Lock hospitals Punjab
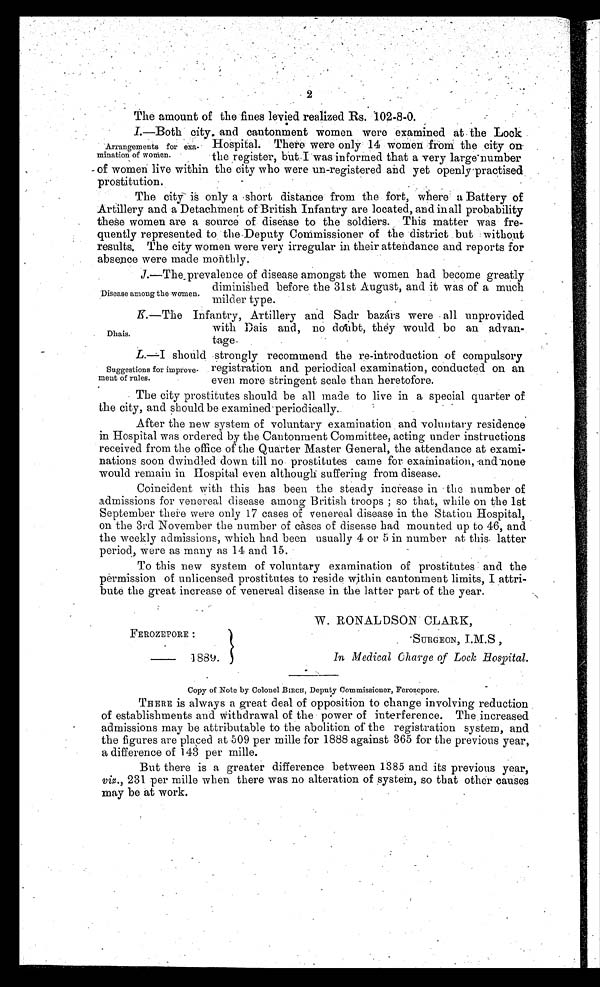
FEROZEPORE :
1889.
In Medical Charge of Lock Bospital.
SURGEON, I. M.S
2
The amount of the fines levied realized Rs. 102-8-0.
I.—Both city, and cantonment women were examined at the Lock
Hospital. There were only 14 women from the city on
the register, but I was informed that a very large number
of women live within the city who were un-registered and yet openly practised
prostitution.
The city is only a short distance from the fort, where a Battery of
Artillery and a Detachment of British Infantry are located, and in all probability
these women are a source of disease to the soldiers. This matter was fre-
quently represented to the Deputy Commissioner of the district but without
results. The city women were very irregular in their attendance and reports for
absence were made monthly.
J.—The prevalence of disease amongst the women had become greatly
diminished before the 31st August, and it was of a much
milder type.
K. —The Infantry, Artillery and Sadr bazárs were all unprovided
with Dais and, no doubt, they would be an advan-
tage.
L .
— s h o u l d s t r o n g l y r e c o m m e n d t h e r e - i n t r o d u c t i o n o f c o m p u l s o r y
registration and periodical examination, conducted on an
even more stringent scale than heretofore.
The city prostitutes should be all made to live in a special quarter of
the city, and should be examined periodically.
After the new system of voluntary examination and voluntary residence
in Hospital was ordered by the Cantonment Committee, acting under instructions
received from the office of the Quarter Master General, the attendance at exami-
nations soon dwindled down till no prostitutes came for examination, and none
would remain in Hospital even although suffering from disease.
Coincident with this has been the steady increase in the number of
admissions for venereal disease among British troops ; so that, while on the 1st
September there were only 17 cases of venereal disease in the Station Hospital,
on the 3rd November the number of cases of disease had mounted up to 46, and
the weekly admissions, which had been usually 4 or 5 in number at this latter
period, were as many as 14 and 15.
To this new system of voluntary examination of prostitutes and the
permission of unlicensed prostitutes to reside within cantonment limits, I attri-
bute the great increase of venereal disease in the latter part of the year.
W. RONALDSON CLARK,
Arrangements for exa-
mination of women.
Disease among the women
Dhais.
Suggestions for improve-
ment of rules.
Copy of Note by Colonel BIRCH, Deputy Commissioner, Forozepore.
THERE is always a great deal of opposition to change involving reduction
of establishments and withdrawal of the power of interference. The increased
admissions may be attributable to the abolition of the registration system, and
the figures are placed at 509 per mine for 1888 against 365 for the previous year,
a difference of 143 per mille.
But there is a greater difference between 1885 and its previous year,
viz., 231 per mine when there was no alteration of system, so that other causes
may be at work.